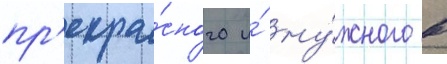
пр'екра́сного и́ ну́жного в